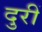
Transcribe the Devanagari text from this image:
दुरीं